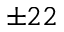
\pm 2 2